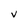
Character: V